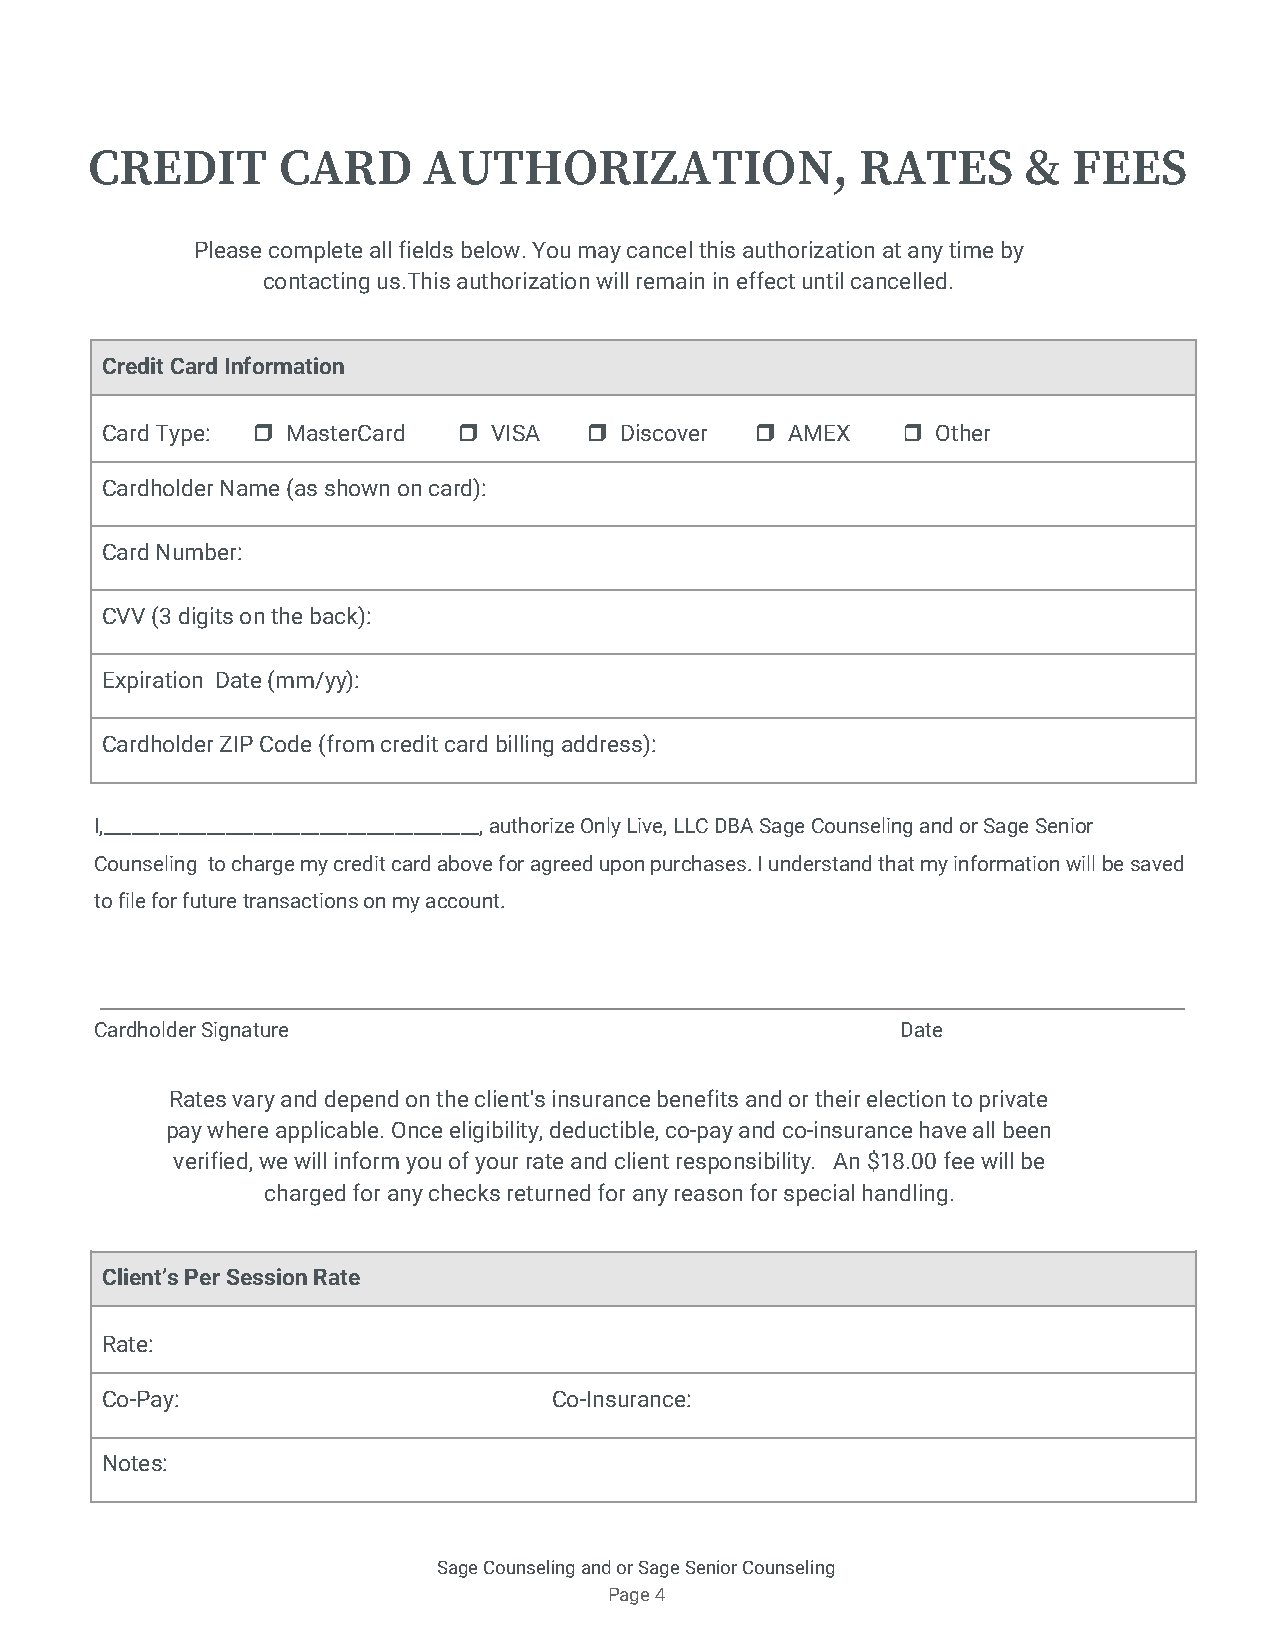
CREDIT      CARD      AUTHORIZATION,               RATES      &  FEES
 Please complete all fields below. You may cancel this authorization at any time by
 contacting us.This authorization will remain in effect until cancelled.
 Credit Card Information
 Card Type: ❒ ​ MasterCard ​❒ ​ VISA ❒​ ​ Discover ​❒ ​ AMEX ❒​ ​ Other
 Cardholder Name (as shown on card):
 Card Number:
 CVV (3 digits on the back):
 Expiration Date (mm/yy):
 Cardholder ZIP Code (from credit card billing address):
 I,________________________________________, authorize Only Live, LLC DBA Sage Counseling and or Sage Senior
 Counseling to charge my credit card above for agreed upon purchases. I understand that my information will be saved
 to file for future transactions on my account.
 Cardholder Signature                                  Date
 Rates vary and depend on the client's insurance benefits and or their election to private
 pay where applicable. Once eligibility, deductible, co-pay and co-insurance have all been
 verified, we will inform you of your rate and client responsibility. An $18.00 fee will be
 charged for any checks returned for any reason for special handling.
 Client’s Per Session Rate
 Rate:
 Co-Pay:                       Co-Insurance:
 Notes:
 Sage Counseling and or Sage Senior Counseling
 Page 4